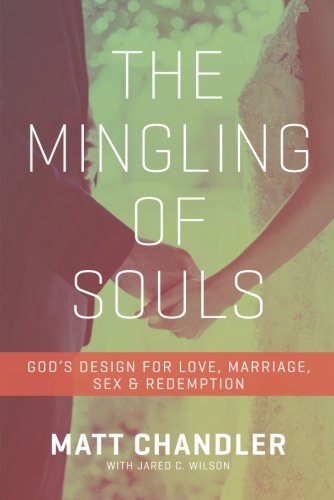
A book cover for The Mingling of Souls: God's Design for Love, Marriage, Sex, and Redemption; Matt Chandler; Parenting & Relationships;